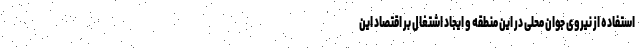
استفاده از نیروی جوان محلی در این منطقه و ایجاد اشتغال بر اقتصاد این